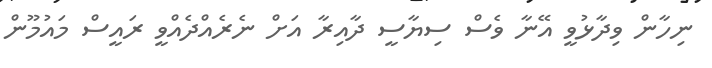
ނިހާން ވިދާޅުވީ އޭނާ ވެސް ސިޔާސީ ދާއިރާ އަށް ނެރެއްދެއްވީ ރައީސް މައުމޫން